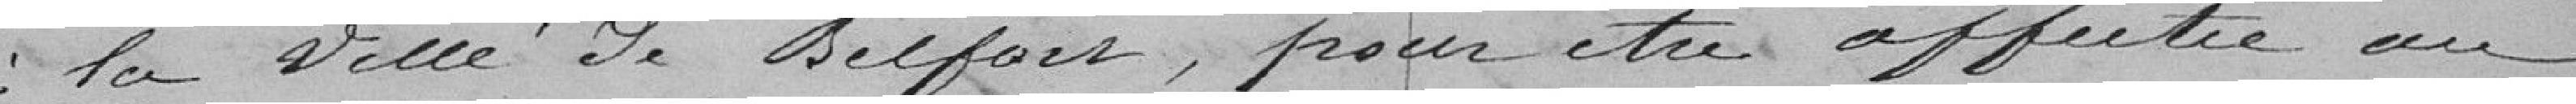
à la Ville de Belfort , pour etre apportée au